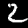
Label: 2